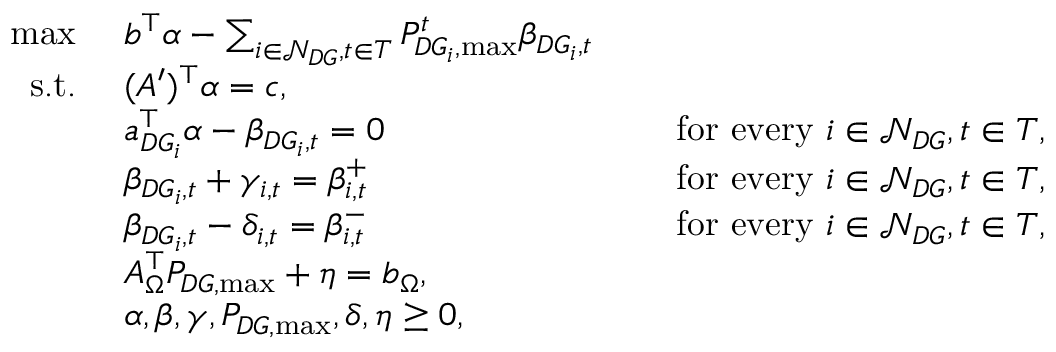
\begin{array} { r l r l } { \operatorname* { m a x } \ } & { b ^ { \top } \alpha - \sum _ { i \in \mathcal { N } _ { D G } , t \in T } P _ { D G _ { i } , \operatorname* { m a x } } ^ { t } \beta _ { D G _ { i } , t } } \\ { \mathrm { s . t . } \ } & { ( A ^ { \prime } ) ^ { \top } \alpha = c , } \\ & { a _ { D G _ { i } } ^ { \top } \alpha - \beta _ { D G _ { i } , t } = 0 } & & { \mathrm { ~ f o r ~ e v e r y ~ } i \in \mathcal { N } _ { D G } , t \in T , } \\ & { \beta _ { D G _ { i } , t } + \gamma _ { i , t } = \beta _ { i , t } ^ { + } } & & { \mathrm { ~ f o r ~ e v e r y ~ } i \in \mathcal { N } _ { D G } , t \in T , } \\ & { \beta _ { D G _ { i } , t } - \delta _ { i , t } = \beta _ { i , t } ^ { - } } & & { \mathrm { ~ f o r ~ e v e r y ~ } i \in \mathcal { N } _ { D G } , t \in T , } \\ & { A _ { \Omega } ^ { \top } P _ { D G , \operatorname* { m a x } } + \eta = b _ { \Omega } , } \\ & { \alpha , \beta , \gamma , P _ { D G , \operatorname* { m a x } } , \delta , \eta \geq 0 , } \end{array}